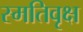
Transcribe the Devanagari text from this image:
स्मतिवृक्ष